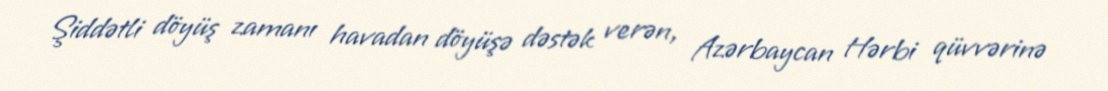
Şiddətli döyüş zamanı havadan döyüşə dəstək verən, Azərbaycan Hərbi qüvvərinə